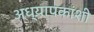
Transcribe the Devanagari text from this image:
अध्यापकांशी